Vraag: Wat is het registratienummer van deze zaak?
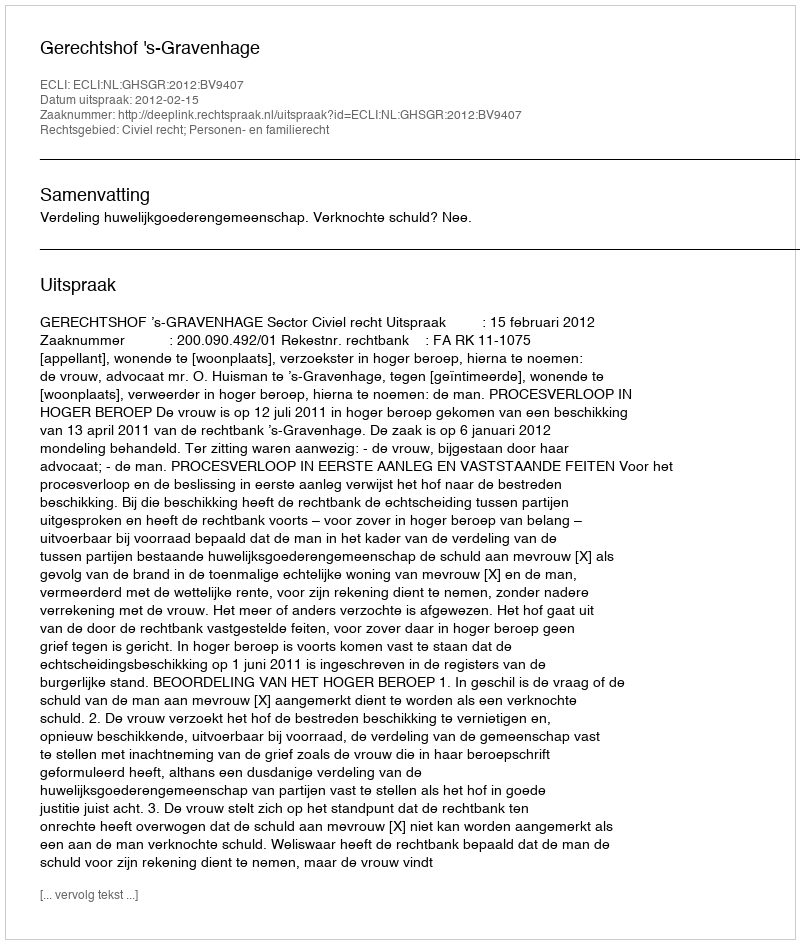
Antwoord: http://deeplink.rechtspraak.nl/uitspraak?id=ECLI:NL:GHSGR:2012:BV9407